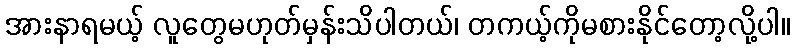
အားနာရမယ့် လူတွေမဟုတ်မှန်းသိပါတယ်၊ တကယ့်ကိုမစားနိုင်တော့လို့ပါ။